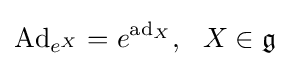
\mathrm {Ad} _{e^{X}}=e^{\mathrm {ad} _{X}},~~X\in {\mathfrak {g}}~